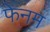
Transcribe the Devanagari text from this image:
फेनम